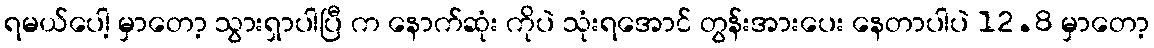
ရမယ်ပေါ့ မှာတော့ သွားရှာပါပြီ က နောက်ဆုံး ကိုပဲ သုံးရအောင် တွန်းအားပေး နေတာပါပဲ 12.8 မှာတော့